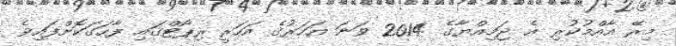
މިރޭ އާއްމުކުރި އެ ޖަމިއްޔާގެ 2014 ވަނަ އަހަރުގެ އަހަރީ ރިޕޯޓްގައި ފާހަގަކޮށްފައިވެ